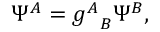
\Psi ^ { A } = { g ^ { A } } _ { B } \Psi ^ { B } ,